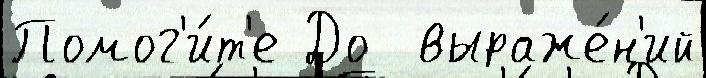
Помог'и́т'е До  выраже́н'ий